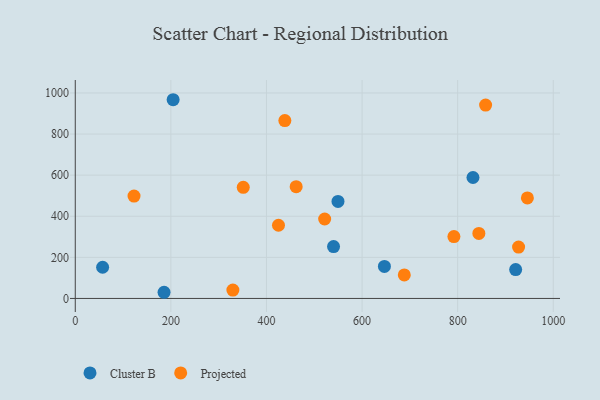
{"axis": {"x": "Engine Size", "y": "Fuel Efficiency"}, "legend": ["Cluster B", "Projected"], "data": [{"x": "549.6", "y": 472.2, "type": "Cluster B"}, {"x": "204.7", "y": 967.1, "type": "Cluster B"}, {"x": "185.7", "y": 30.0, "type": "Cluster B"}, {"x": "921.3", "y": 140.6, "type": "Cluster B"}, {"x": "540.3", "y": 252.6, "type": "Cluster B"}, {"x": "57.2", "y": 151.7, "type": "Cluster B"}, {"x": "646.7", "y": 156.0, "type": "Cluster B"}, {"x": "832.0", "y": 588.5, "type": "Cluster B"}, {"x": "122.9", "y": 498.0, "type": "Projected"}, {"x": "945.8", "y": 489.2, "type": "Projected"}, {"x": "438.4", "y": 865.8, "type": "Projected"}, {"x": "927.4", "y": 249.8, "type": "Projected"}, {"x": "858.4", "y": 941.2, "type": "Projected"}, {"x": "329.7", "y": 40.7, "type": "Projected"}, {"x": "425.1", "y": 356.3, "type": "Projected"}, {"x": "792.1", "y": 300.9, "type": "Projected"}, {"x": "351.4", "y": 540.7, "type": "Projected"}, {"x": "688.3", "y": 114.2, "type": "Projected"}, {"x": "462.1", "y": 543.7, "type": "Projected"}, {"x": "521.7", "y": 386.5, "type": "Projected"}, {"x": "844.3", "y": 316.6, "type": "Projected"}]}